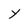
Character: y